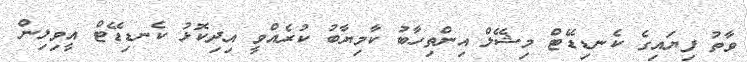
ވާތު ފިޔައިގެ ކެނޑިޑޭޓް މިޝޭލް އިންތިހާބު ކާމިޔާބު ކުރެއްވީ އިދިކޮޅު ކެނޑިޑޭޓް އީވިލިން